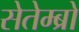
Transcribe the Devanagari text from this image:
सेतेम्ब्रो